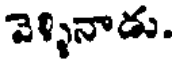
వెళ్ళినాడు.